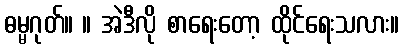
ဓမ္မဂုတ်။ ။ အဲဒီလို စာရေးတော့ ထိုင်ရေးသလား။